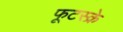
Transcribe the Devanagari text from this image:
फूटस्क्रे